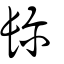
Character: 镾